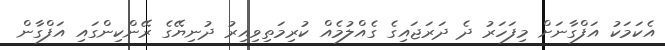
އެކަމަކު އަފްގާނަށް މިފަހަރު ދެ ދަރަޖައިގެ ގެއްލުމެއް ކުރިމަތިވިއިރު ދުނިޔޭގެ ރޭންކިންގައި އަފްގާން